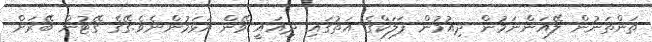
ތަންތަނުން ލޭއަންނަމުން ދިއުމުން ފަލަކްގެ އަތުގައި ދިއައީ ވޭން އަޅަމުންނެވެ.ގޭގެ ގޭޓުން ބޭރަށް